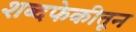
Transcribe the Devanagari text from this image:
शब्दफेकीतून